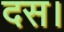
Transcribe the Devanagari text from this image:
दस।